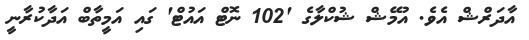
އާދަރްޝް އެވެ. އުމޭޝް ޝުކްލާގެ '102 ނޮޓް އައުޓް' ގައި އަމީތާބް އަދާކުރާނީ